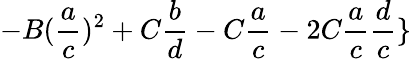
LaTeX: -B(\frac{a}{c})^{2}+C\frac{b}{d}-C\frac{a}{c}-2C\frac{a}{c}\frac{d}{c}\}